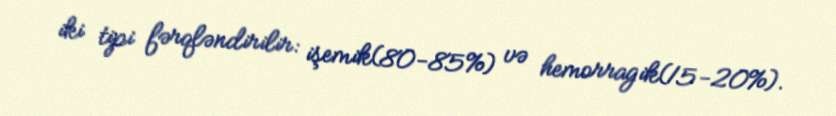
iki tipi fərqləndirilir: işemik(80-85%) və hemorragik(15-20%).